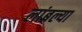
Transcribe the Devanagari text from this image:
लांबल्या